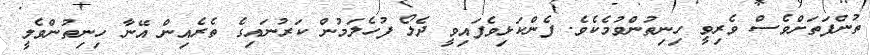
ތުންފަތަށްވެސް ވެރިވީ ހިނިތުންވުމެކެވެ. ފެންކަޅިވެފައިވީ ދެލޯ ފުހެލަމުން ކަރުނައިގެ ތެރެއިން އޭނާ ހިނިތުންވެލީ